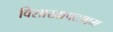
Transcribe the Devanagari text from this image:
विशाखापटणम